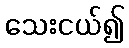
သေးငယ်၍